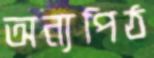
অন্যপিঠ